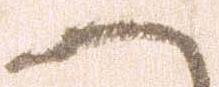
へ